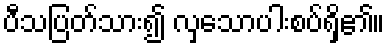
ပီသပြတ်သား၍ လှသောပါးစပ်ရှိ၏။